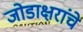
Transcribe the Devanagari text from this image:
जोडाक्षरांचे